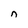
Character: n